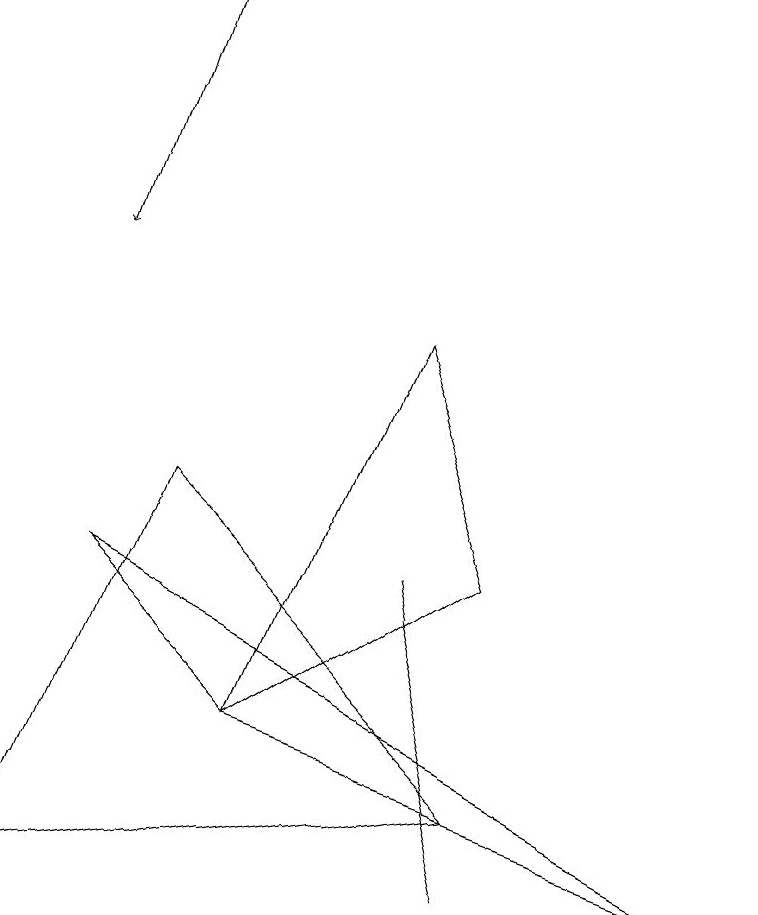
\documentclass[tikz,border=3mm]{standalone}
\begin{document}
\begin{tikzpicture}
\draw (6,3) -- (0,2) -- (2,7) -- cycle;
\draw (5,6) -- (5,6) -- (6,2) -- cycle;
\draw[->] (2,13) -- (1,10);
\draw (5,9) -- (3,4) -- (6,6) -- cycle;
\draw (1,6) -- (3,4) -- (9,2) -- cycle;
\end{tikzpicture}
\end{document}